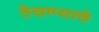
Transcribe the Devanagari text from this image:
ठेचण्याचे